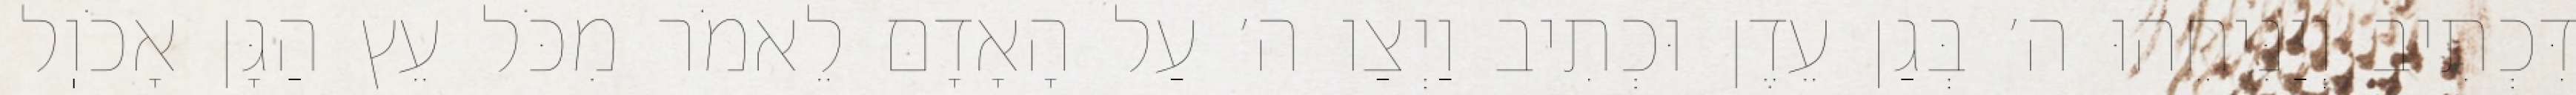
דִּכְתִיב וְיַנִּיחֵהוּ ה׳ בְּגַן עֵדֶן וּכְתִיב וַיְצַו ה׳ עַל הָאָדָם לֵאמֹר מִכֹּל עֵץ הַגָּן אָכֹוֽל